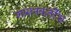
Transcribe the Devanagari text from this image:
शासनकर्तीस